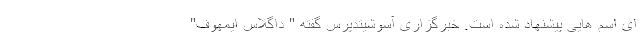
ای اسم هایی پیشنهاد شده است. خبرگزاری آسوشیتدپرس گفته " داگلاس ایمهوف"